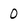
Character: 0